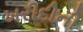
ખરીદીની